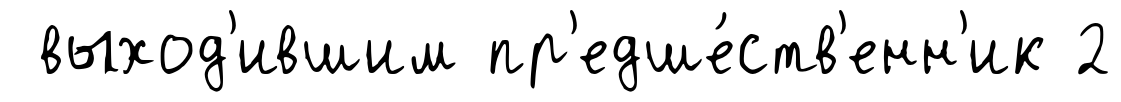
выход'ившим пр'едше́ств'енн'ик 2